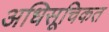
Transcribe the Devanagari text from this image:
अधिसूचिकत